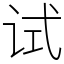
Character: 试